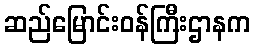
ဆည်မြောင်းဝန်ကြီးဌာနက